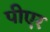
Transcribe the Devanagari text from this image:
पीएर